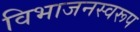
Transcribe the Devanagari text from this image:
विभाजनस्वरूप